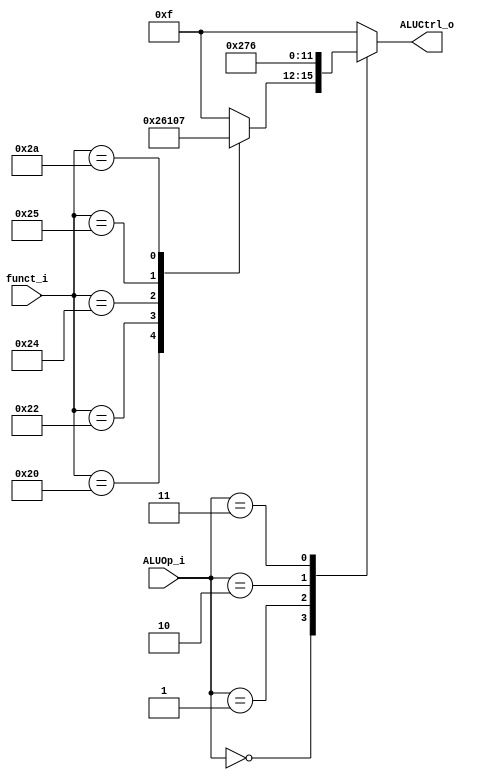
//310512050
//Subject:     CO project 2 - ALU Controller
//--------------------------------------------------------------------------------
//Version:     1
//--------------------------------------------------------------------------------
//Writer:      
//----------------------------------------------
//Date:        
//----------------------------------------------
//Description: 
//--------------------------------------------------------------------------------
`timescale 1ns/1ps
module ALU_Ctrl(
          funct_i,
          ALUOp_i,
          ALUCtrl_o
          );
          
//I/O ports 
input      [6-1:0] funct_i;
input      [3-1:0] ALUOp_i;

output     [4-1:0] ALUCtrl_o;    
     
//Internal Signals
reg        [4-1:0] ALUCtrl_o;

//Parameter
parameter op_add = 4'b0010;
parameter op_sub = 4'b0110;
parameter op_and = 4'b0001;
parameter op_orr = 4'b0000;
parameter op_slt = 4'b0111;
parameter op_non = 4'b1111;

parameter ist_Rtyp = 3'd0;
parameter ist_addi = 3'd1;
parameter ist_slti = 3'd2;
parameter ist_bequ = 3'd3;      
//Select exact operation

always@(*)begin
	case(ALUOp_i)
	ist_Rtyp:begin
		case(funct_i)
		6'd32: ALUCtrl_o = op_add;
		6'd34: ALUCtrl_o = op_sub;
		6'd36: ALUCtrl_o = op_and;
		6'd37: ALUCtrl_o = op_orr;
		6'd42: ALUCtrl_o = op_slt;
		default: ALUCtrl_o = op_non;
		endcase
	end
	ist_addi:begin
		ALUCtrl_o = op_add;
	end
	ist_slti:begin
		ALUCtrl_o = op_slt;
	end	
	ist_bequ:begin
		ALUCtrl_o = op_sub;
	end	
	default:ALUCtrl_o = op_non;
	endcase
end

endmodule